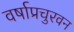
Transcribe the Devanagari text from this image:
वर्षाप्रचुरवन